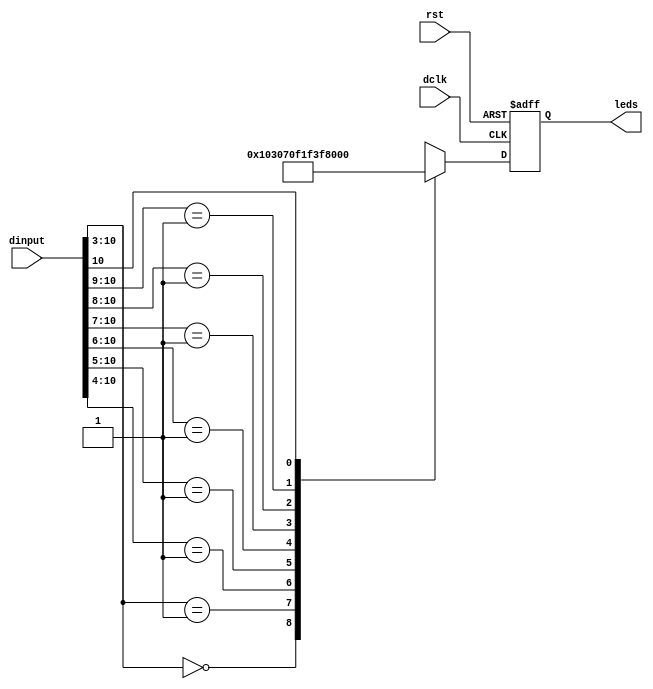
/** 
 * The LED driver takes the 11:0 input as a magnitude and graphs
 * the value on an LED (like a recording mixer level display). 
 * the magnitude is update 85 times per second
 * it will output 16 PWM phases per LED
 * each PWM cycle wave will be 0 to 50% duty cycle depending on the 
 * input. 
 *
 * Because the input wave is centered at half the 12 bit dinput
 * we only need to consider the top 6 bits (assuming the bottom 
 * is a close mirror).  The 6 bits are dithered to 8 bits by the 
 * following table
 *
 */

module led_driver(leds, rst, dclk, dinput);

output [7:0] leds;
input        rst;
input        dclk;   // 44100 Hz
input  [11:0] dinput; // 85Hz (sync to 44100Hz)

reg    [7:0] leds;

wire   [7:0] din_high;

assign din_high = dinput[10:3];

always @ (posedge dclk or posedge rst)
begin
 if (rst) 
   leds <= 8'b0000_0000;
 else
   /* This is base 2 logarithm of the input */
   casez (din_high)
     8'b0000_0000: leds <= 8'b0000_0000;
     8'b0000_0001: leds <= 8'b0000_0001;
     8'b0000_001?: leds <= 8'b0000_0011;
     8'b0000_01??: leds <= 8'b0000_0111;
     8'b0000_1???: leds <= 8'b0000_1111;
     8'b0001_????: leds <= 8'b0001_1111;
     8'b001?_????: leds <= 8'b0011_1111;
     8'b01??_????: leds <= 8'b0111_1111;
     8'b1???_????: leds <= 8'b1111_1111;
   endcase
end

endmodule